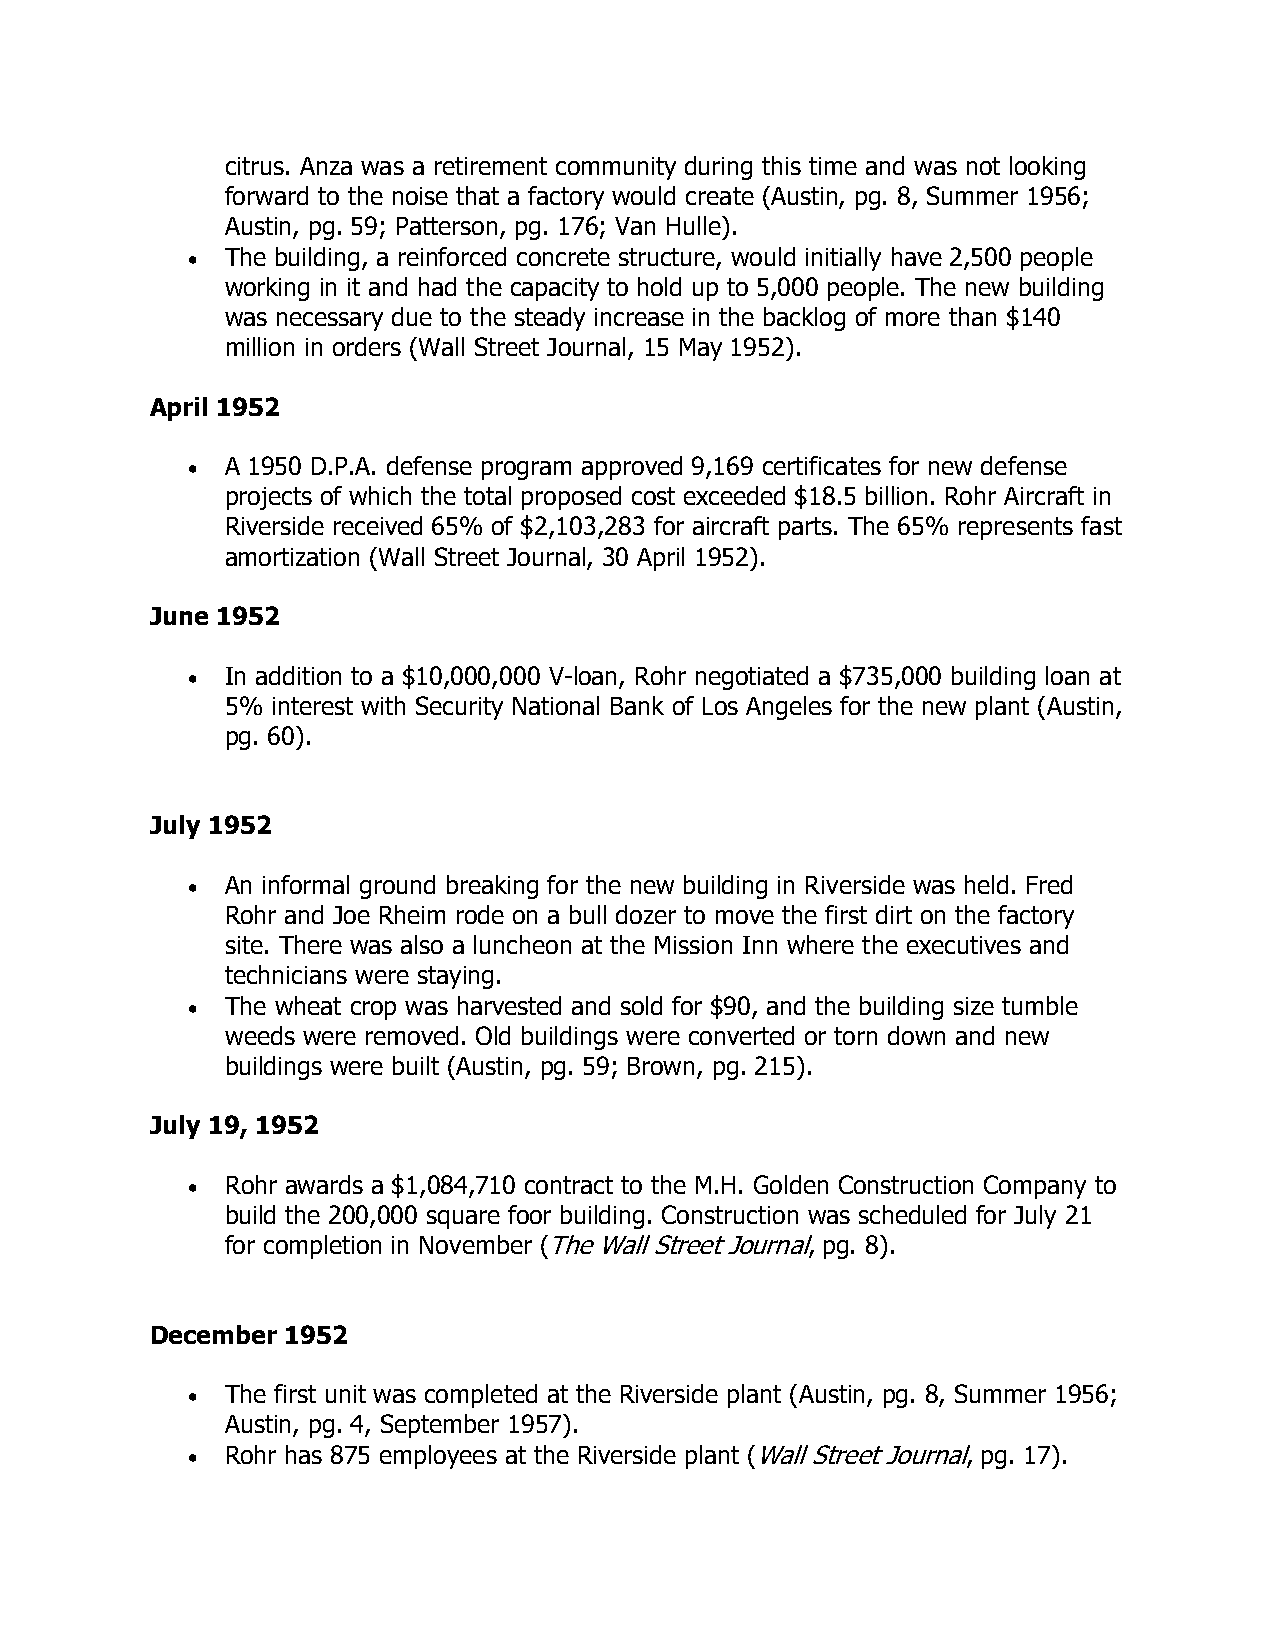
citrus. Anza was a retirement community during this time and was not looking
 forward to the noise that a factory would create (Austin, pg. 8, Summer 1956;
 Austin, pg. 59; Patterson, pg. 176; Van Hulle).
 •  The building, a reinforced concrete structure, would initially have 2,500 people
 working in it and had the capacity to hold up to 5,000 people. The new building
 was necessary due to the steady increase in the backlog of more than $140
 million in orders (Wall Street Journal, 15 May 1952).
 April 1952
 •  A 1950 D.P.A. defense program approved 9,169 certificates for new defense
 projects of which the total proposed cost exceeded $18.5 billion. Rohr Aircraft in
 Riverside received 65% of $2,103,283 for aircraft parts. The 65% represents fast
 amortization (Wall Street Journal, 30 April 1952).
 June 1952
 •  In addition to a $10,000,000 V-loan, Rohr negotiated a $735,000 building loan at
 5% interest with Security National Bank of Los Angeles for the new plant (Austin,
 pg. 60).
 July 1952
 •  An informal ground breaking for the new building in Riverside was held. Fred
 Rohr and Joe Rheim rode on a bull dozer to move the first dirt on the factory
 site. There was also a luncheon at the Mission Inn where the executives and
 technicians were staying.
 •  The wheat crop was harvested and sold for $90, and the building size tumble
 weeds were removed. Old buildings were converted or torn down and new
 buildings were built (Austin, pg. 59; Brown, pg. 215).
 July 19, 1952
 •  Rohr awards a $1,084,710 contract to the M.H. Golden Construction Company to
 build the 200,000 square foor building. Construction was scheduled for July 21
 for completion in November (The Wall Street Journal, pg. 8).
 December 1952
 •  The first unit was completed at the Riverside plant (Austin, pg. 8, Summer 1956;
 Austin, pg. 4, September 1957).
 •  Rohr has 875 employees at the Riverside plant (Wall Street Journal, pg. 17).